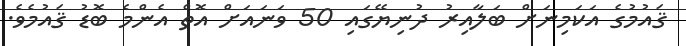
ޤައުމުގެ އަކަމިނަށް ބަލާއިރު ދުނިޔޭގައި 50 ވަނައަށް އޮތް އެންމެ ބޮޑު ޤައުމެވެ.